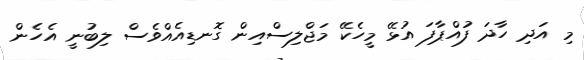
މި އަދި ހާދަ ފުއްޕާފަ އުޅޭ މީހެކޭ މަޖްލިސްއިން ގޮނޑިއެއްވެސް ލިބުނީ އެހެން